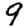
Digit: 9